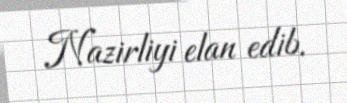
Nazirliyi elan edib.